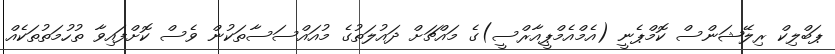
ޕަބްލިކް ރިލޭޝަންސް ކޮމްޕެނީ (އެމްއެމްޕީއާރްސީ)ގެ މައްޗަށް ދައުލަތުގެ މުއައްސަސާތަކުން ވެސް ކޮށްފައިވާ ތުހުމަތުތަކެއް